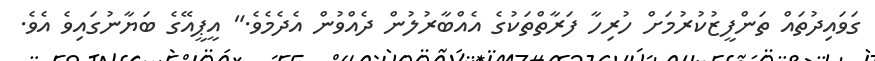
ގަވައިދުތައް ތަންފީޒުކުރުމަށް ހުރިހާ ފަރާތްތަކުގެ އެއްބާރުލުން ދެއްވުން އެދެމެވެ." އީޕީއޭގެ ބަޔާނުގައިވެ އެވެ.